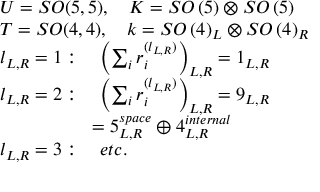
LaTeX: \begin{array} { l } { { U = S O ( 5 , 5 ) , \quad K = S O \left( 5 \right) \otimes S O \left( 5 \right) } } \\ { { T = S O ( 4 , 4 ) , \quad k = S O \left( 4 \right) _ { L } \otimes S O \left( 4 \right) _ { R } } } \\ { { l _ { L , R } = 1 : \quad \left( \sum _ { i } r _ { i } ^ { ( l _ { L , R } ) } \right) _ { L , R } = 1 _ { L , R } } } \\ { { l _ { L , R } = 2 : \quad \left( \sum _ { i } r _ { i } ^ { ( l _ { L , R } ) } \right) _ { L , R } = 9 _ { L , R } } } \\ { { \quad \quad \quad \quad \quad = 5 _ { L , R } ^ { s p a c e } \oplus 4 _ { L , R } ^ { i n t e r n a l } } } \\ { { l _ { L , R } = 3 : \quad e t c . } } \end{array}